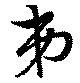
弟